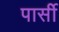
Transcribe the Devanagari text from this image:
पार्सी